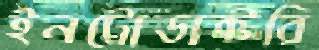
ইনট্রোডাক্টরি